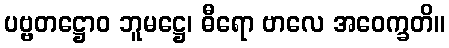
ပဗ္ဗတဋ္ဌောဝ ဘူမဋ္ဌေ၊ ဓီရော ဗာလေ အဝေက္ခတိ။